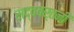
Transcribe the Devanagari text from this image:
सद्ववर्तनी